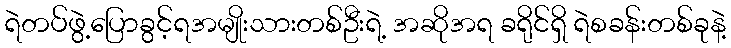
ရဲတပ်ဖွဲ့ပြောခွင့်ရအမျိုးသားတစ်ဦးရဲ့ အဆိုအရ ခရိုင်ရှိ ရဲစခန်းတစ်ခုနဲ့